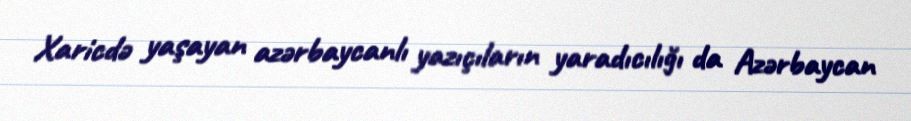
Xaricdə yaşayan azərbaycanlı yazıçıların yaradıcılığı da Azərbaycan